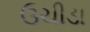
ઉચીડા